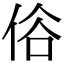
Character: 𠈻